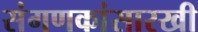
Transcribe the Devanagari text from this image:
संगणकांसारखी